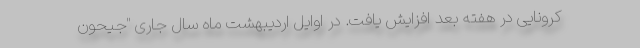
کرونایی در هفته بعد افزایش یافت. در اوایل اردیبهشت ماه سال جاری "جیحون